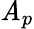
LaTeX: \mathit{A}_{p}